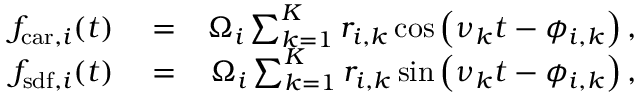
\begin{array} { r l r } { f _ { \mathrm { c a r } , i } ( t ) } & { { } = } & { \Omega _ { i } \sum _ { k = 1 } ^ { K } r _ { i , k } \cos \left( \nu _ { k } t - \phi _ { i , k } \right) , } \\ { f _ { \mathrm { s d f } , i } ( t ) } & { { } = } & { \Omega _ { i } \sum _ { k = 1 } ^ { K } r _ { i , k } \sin \left( \nu _ { k } t - \phi _ { i , k } \right) , } \end{array}